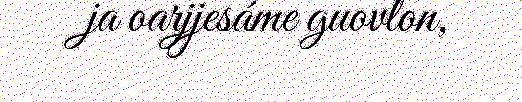
ja oarjjesáme guovlon,